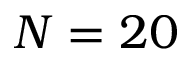
N = 2 0